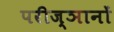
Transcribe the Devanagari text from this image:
परीज्ञानों